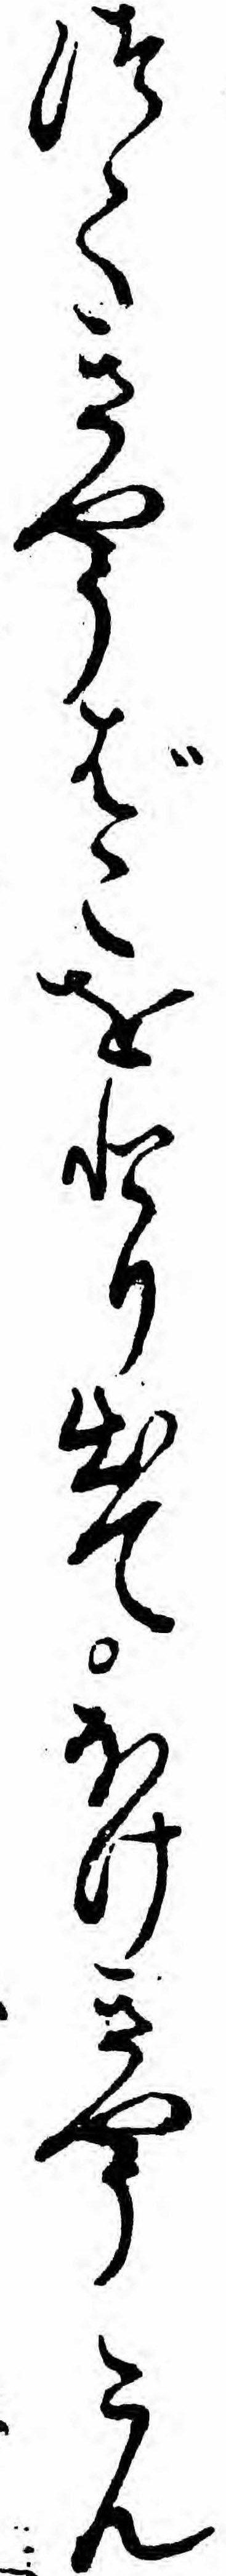
つてきやうばこをとり出てほけきやうこん